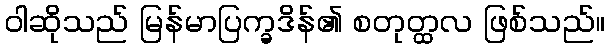
ဝါဆိုသည် မြန်မာပြက္ခဒိန်၏ စတုတ္ထလ ဖြစ်သည်။